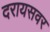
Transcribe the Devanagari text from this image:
दरायसवर